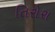
તિરોરા